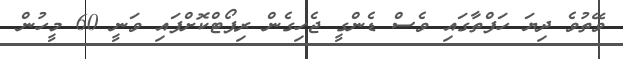
ވޭތުވެ ދިޔަ ހަފްތާގައި ވެސް ޑެންގީ ޖެހިގެން ރިޕޯޓްކޮށްފައި ވަނީ 60 މީހުން